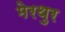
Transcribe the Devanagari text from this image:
मेरथुर